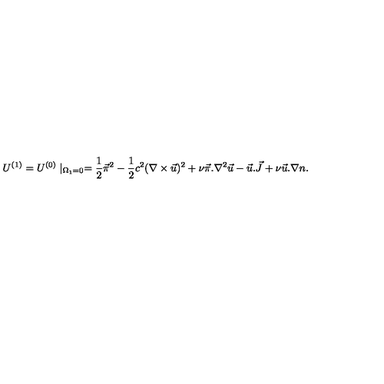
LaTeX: U ^ { ( 1 ) } = U ^ { ( 0 ) } \mid _ { \Omega _ { 1 } = 0 } = { \frac { 1 } { 2 } } \vec { \pi } ^ { 2 } - { \frac { 1 } { 2 } } c ^ { 2 } ( \nabla \times \vec { u } ) ^ { 2 } + \nu \vec { \pi } . \nabla ^ { 2 } \vec { u } - \vec { u } . \vec { J } + \nu \vec { u } . \nabla n .